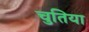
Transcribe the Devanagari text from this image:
चुतिया